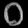
Digit: ၀